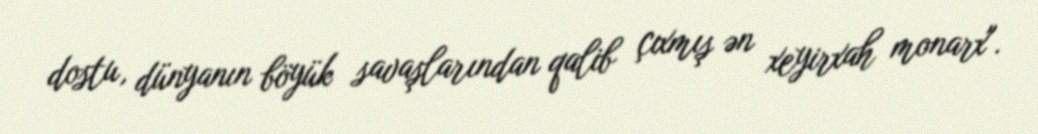
dostu, dünyanın böyük savaşlarından qalib çıxmış ən xeyirxah monarx".